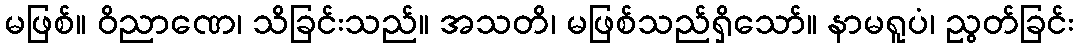
မဖြစ်။ ဝိညာဏေ၊ သိခြင်းသည်။ အသတိ၊ မဖြစ်သည်ရှိသော်။ နာမရူပံ၊ ညွတ်ခြင်း